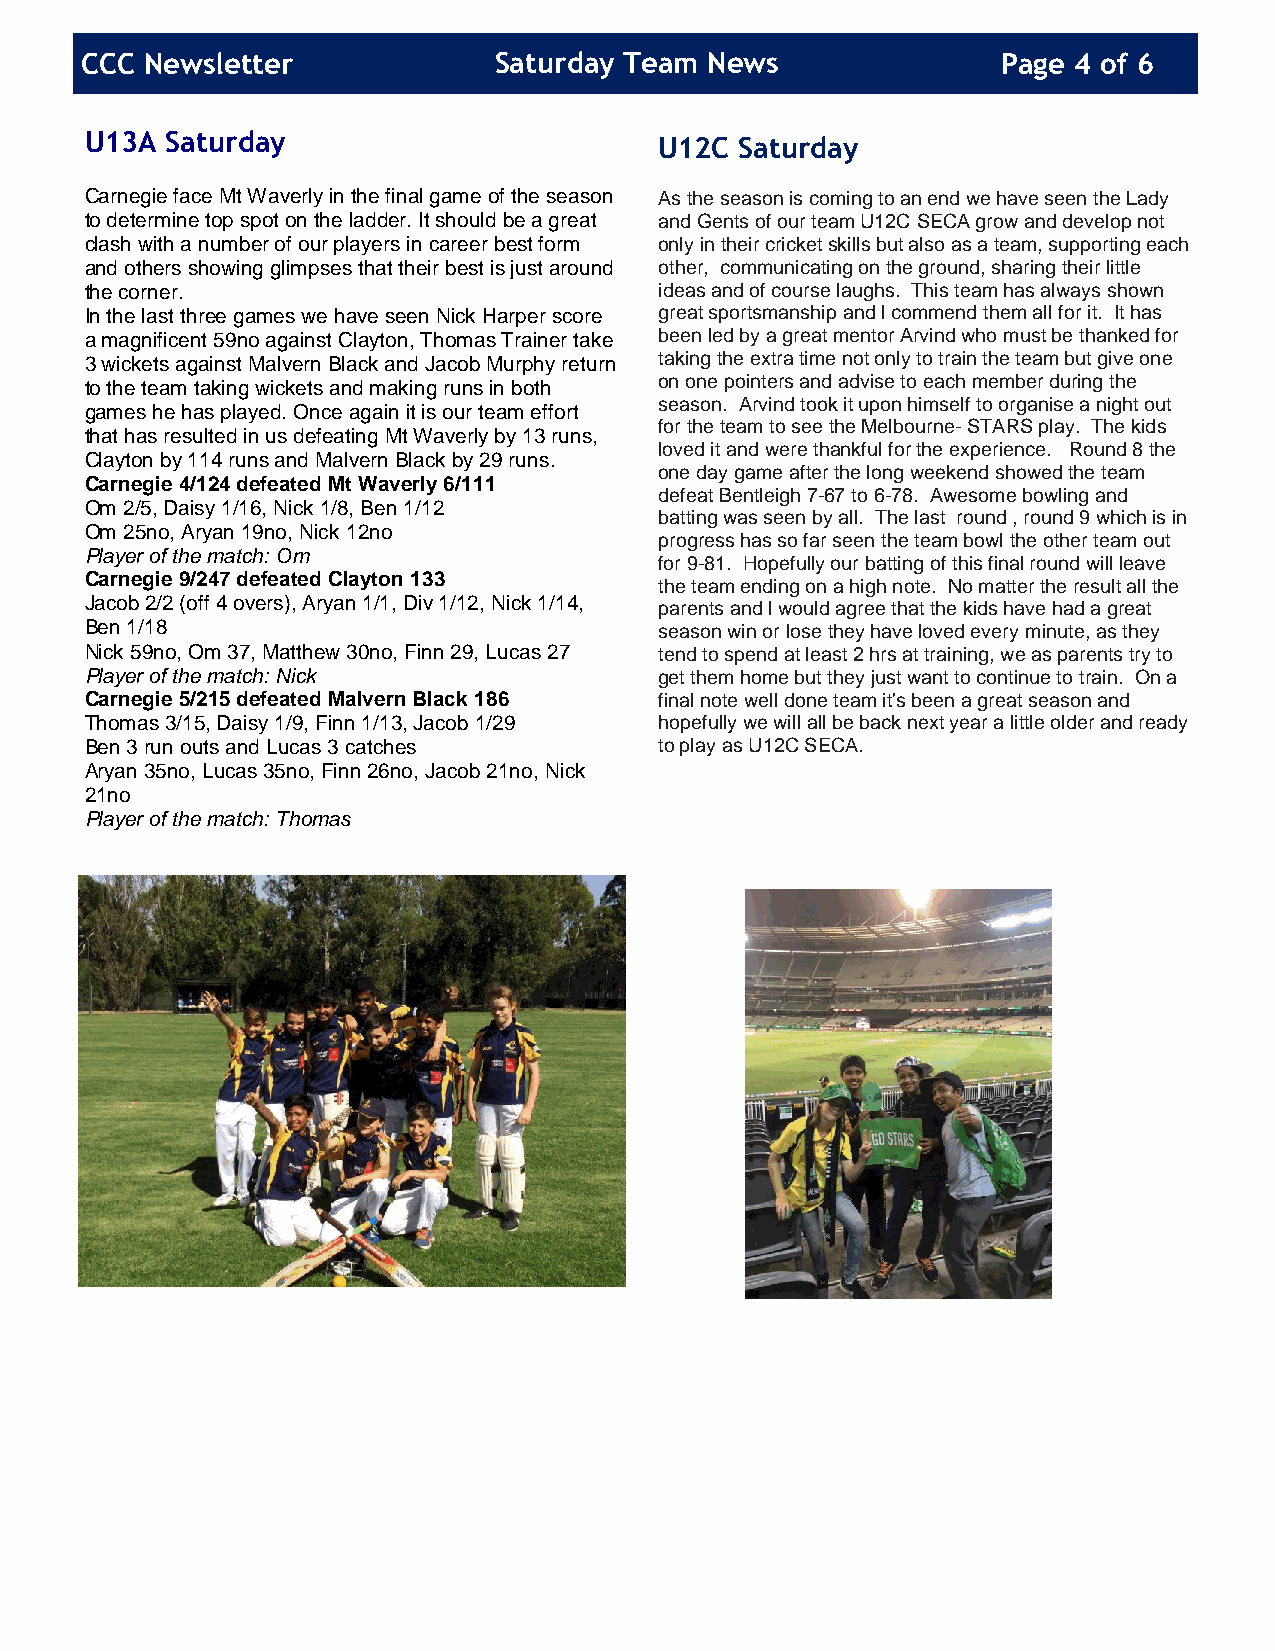
CCC  Newsletter             Saturday Team News               Page 4 of 6
 U13A Saturday
 U12C Saturday
 Carnegie fa ce Mt Waverly in the final game of the season As the season is coming to an end we have seen the Lady
 to determine top spot on the ladder. It should be a great and Gents of our team U12C SECA grow and develop not
 clash with a number of our players in career best form only in their cricket skills but also as a team, supporting each
 and others showing glimpses that their best is just around other, communicating on the ground, sharing their little
 the corner.                           ideas and of course laughs. This team has always shown
 In the last three games we have seen Nick Harper score great sportsmanship and l commend them all for it. It has
 a magnificent 59no against Clayton, Thomas Trainer take been led by a great mentor Arvind who must be thanked for
 3 wickets against Malvern Black and Jacob Murphy return taking the extra time not only to train the team but give one
 to the team taking wickets and making runs in both on one pointers and advise to each member during the
 season. Arvind took it upon himself to organise a night out
 games he has played. Once again it is our team effort
 for the team to see the Melbourne- STARS play. The kids
 that has resulted in us defeating Mt Waverly by 13 runs,
 loved it and were thankful for the experience. Round 8 the
 Clayton by 114 runs and Malvern Black by 29 runs.
 one day game after the long weekend showed the team
 Carnegie 4/124 defeated Mt Waverly 6/111
 defeat Bentleigh 7-67 to 6-78. Awesome bowling and
 Om 2/5, Daisy 1/16, Nick 1/8, Ben 1/12
 batting was seen by all. The last round , round 9 which is in
 Om 25no, Aryan 19no, Nick 12no
 progress has so far seen the team bowl the other team out
 Player of the match: Om
 for 9-81. Hopefully our batting of this final round will leave
 Carnegie 9/247 defeated Clayton 133
 the team ending on a high note. No matter the result all the
 Jacob 2/2 (off 4 overs), Aryan 1/1, Div 1/12, Nick 1/14, parents and l would agree that the kids have had a great
 Ben 1/18                              season win or lose they have loved every minute, as they
 Nick 59no, Om 37, Matthew 30no, Finn 29, Lucas 27 tend to spend at least 2 hrs at training, we as parents try to
 Player of the match: Nick             get them home but they just want to continue to train. On a
 Carnegie 5/215 defeated Malvern Black 186 final note well done team it's been a great season and
 Thomas 3/15, Daisy 1/9, Finn 1/13, Jacob 1/29 hopefully we will all be back next year a little older and ready
 Ben 3 run outs and Lucas 3 catches    to play as U12C SECA.
 Aryan 35no, Lucas 35no, Finn 26no, Jacob 21no, Nick
 21no
 Player of the match: Thomas